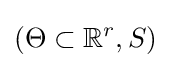
(\Theta \subset \mathbb {R} ^{r},S)